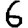
Digit: 6